Materia medica of Madras volume I
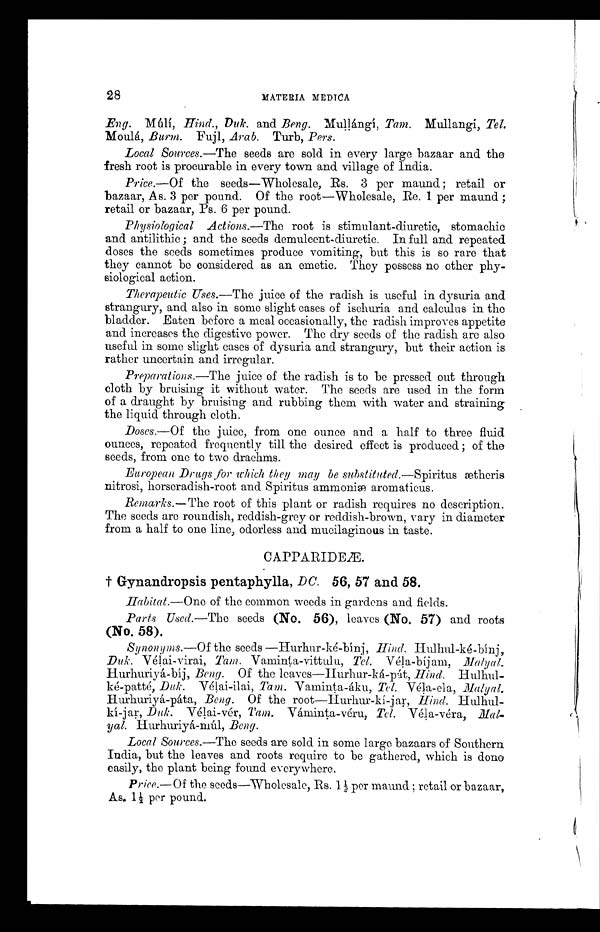
2 8
MATERIA MEDICA
Eng. Múlí, Hind., Duk. and Beng. Mullángi, Tam. Mullangi, Tel.
Moulá, Burm. Fujl, Arab. Turb, Pers.
Local Sources.—The seeds are sold in every large bazaar and the
fresh root is procurable in every town and village of India.
Price.—Of the seeds—Wholesale, Rs. 3 per maund; retail or
bazaar, As. 3 per pound. Of the root—Wholesale, Re. 1 per maund ;
retail or bazaar, Ps. 6 per pound.
Physiological Actions.—The root is stimulant-diuretic, stomachic
and antilithic ; and the seeds demulcent-diuretic. In full and repeated
doses the seeds sometimes produce vomiting, but this is so rare that
they cannot be considered as an emetic. They possess no other phy-
siological action.
Therapeutic Uses.—The juice of the radish is useful in dysuria and
strangury, and also in some slight cases of ischuria and calculus in the
bladder. Eaten before a meal occasionally, the radish improves appetite
and increases the digestive power. The dry seeds of the radish are also
useful in some slight cases of dysuria and strangury, but their action is
rather uncertain and irregular.
Preparations.—The juice of the radish is to be pressed out through
cloth by b r u i s i n g i t w i t h o u t w a t e r . T h e s e e d s a r e u s e d i n t h e f o r m
of a draught by bruising and rubbing them with water and straining
the liquid through cloth.
Doses.—Of the juice, from one ounce and a half to three fluid
ounces, repeated frequently till the desired effect is produced ; of the
seeds, from one to two drachms.
European Drugs , for which they may be substituted.—Spiritus ætheris
nitrosi, horseradish-root and Spiritus ammoniæ aromaticus.
Remarks.—The root of this plant or radish requires no description.
The seeds are roundish, reddish-grey or reddish-brown, vary in diameter
from a half to one line, odorless and mucilaginous in taste.
C A P P A R I D E Æ .
† Gynandropsis pentaphylla, DC. 56, 57 and 58.
Habitat.—One of the common weeds in gardens and fields.
Parts Used.—The seeds (No. 56), leaves (No. 57) and roots
(No. 58).
Synonyms.—Of the seeds —Hurhur-ké-bínj, Hind. Hulhul-ké-bínj,
Duk. Vélai-virai, Tam. Vaminta-vittulu, Tel. Véla-bíjam, Malyal.
Hurhuriyá-bíj, Beng. Of the leaves—Hurhur-ká-pát, Hind. Hulhul-
ké-patté, D uk. Vélai-ilai, Tarn. Vaminta-áku, Tel. Véla-ela,
Malyal. Hurhuriyá-páta, Beng. Of the root—Hurhur-kí-jar, Hind. Hulhul-
kí-jar, Duk. Vélai-vér, Tam. Váminta-véru, Tel. Véla-véra,
Malyal. Hurhuriyá-múl, Beng.
Local Sources.—The seeds are sold in some large bazaars of Southern
India, but the leaves and roots require to be gathered, which is done
easily, the plant being found everywhere.
Price.—Of the seeds—Wholesale, Rs. 1½ per maund ; retail or bazaar,
As. 1½ per pound.